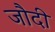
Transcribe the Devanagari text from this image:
जौदी